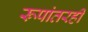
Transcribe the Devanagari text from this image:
रूपांतरही